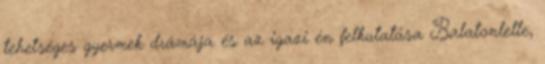
tehetséges gyermek drámája és az igazi én felkutatása Balatonlelle,